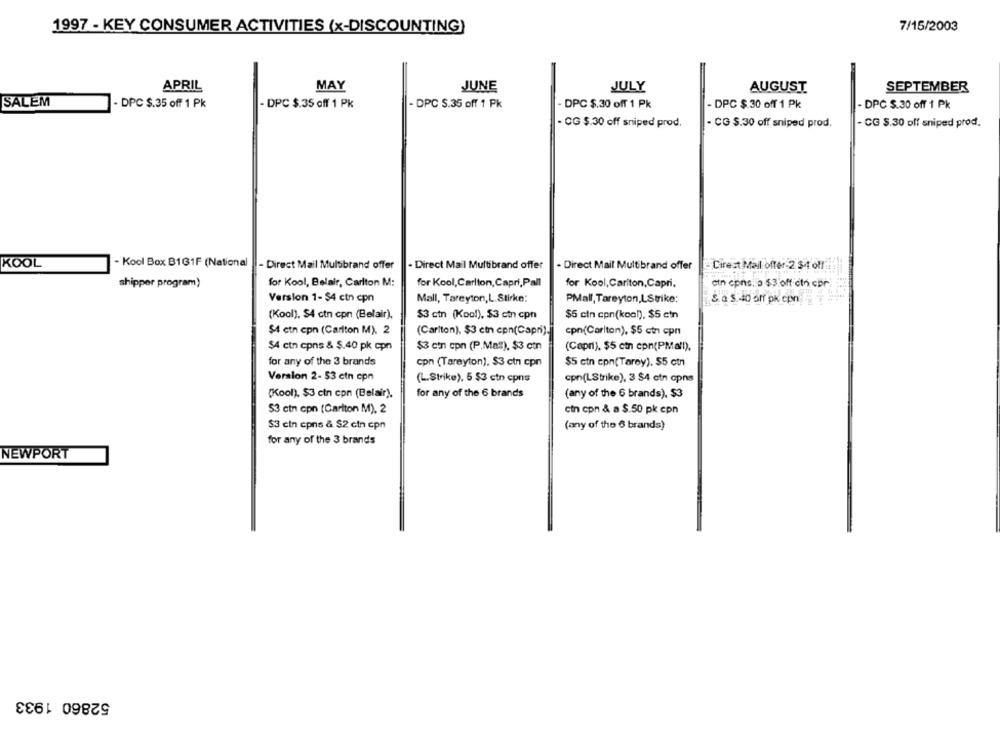
1997 - KEY CONSUMER ACTIVITIES (x-DISCOUNTING)
7/15/2003
APRIL
MAY
JUNE
JULY
AUGUST
SEPTEMBER
SALEM
- DPC $.35 off 1 Pk
- DPC $.35 off 1 Pk
- DPC S.35 off 1 Pk
DPC $.30 off 1 Pk
- DPC $ 30 off 1 Pk
- DPC $.30 off 1 Pk
- CG $.30 off sniped prod.
- CG $.30 off sniped prod.
- CG $.30 off sniped prod.
KOOL
- Kool Box B161F (National
- Direct Mail Multibrand offer
- Direct Mail Multibrand offer
- Direct Mail Multibrand offer
Cirest Mail offer-2.$4 o !!
for Kool, Belair, Carlton M:
for Kool, Carlton, Capri, Pall
atn cpns. 5 $3:off ctn cor
shipper program)
for Kool, Carlton,Capri,
Version 1- $4 ctn cpn
Mall, Tareyton,L. Stirke:
PMall, Tareyton,LStrike:
& a s.40 of pk cpn
(Kool), $4 ctn cpn (Belair),
$3 ctn (Kool), $3 ctn cpn
$5 cin cpn(kcal), $5 cin
$4 ctn cpn (Carlton M), 2
(Carlton), $3 ctn cpn(Capri).
cpn(Carlton), $5 ctn cpn
$4 ctn cpns & $.40 pk cpn
$3 cin cpn (P.Mal), $3 ctn
(Capri), $5 ctn cpn(PMa'l),
for any of the 3 brands
cpn (Tareyton), $3 ctn cpn
$5 ctn con(Tarey). $5 ctn
Veraion 2- $3 cin cpn
(L.Strike), 5 $3 ctn cpns
cpn(LStrike), 3 $4 etn cpns
(Kool). $3 cin cpn (Belair).
for any of the 6 brands
(any of the 6 brands), $3
cin cpn & a $.50 pk cpn
$3 ctn cpn (Carlton M), 2
$3 cin cpns & $2 cin cpn
(any of the 6 brands)
for any of the 3 brands
NEWPORT
52860 1933